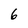
Character: 6